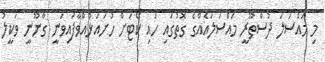
މި މައްސަލަ ދުސްތޫރީ މައްސަލައެއްގެ ގޮތުގައި ހައި ކޯޓަށް ހުށައަޅުއްވާފައިވަނީ ގާނޫނީ ވަކީލު